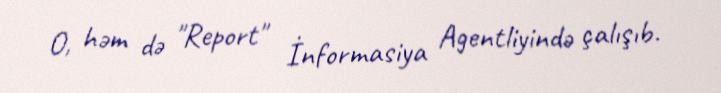
O, həm də "Report" İnformasiya Agentliyində çalışıb.